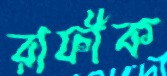
রাফীক